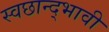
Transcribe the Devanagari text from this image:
स्वछान्द्भावी